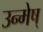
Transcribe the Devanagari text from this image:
उन्मेष्